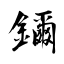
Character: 鑈